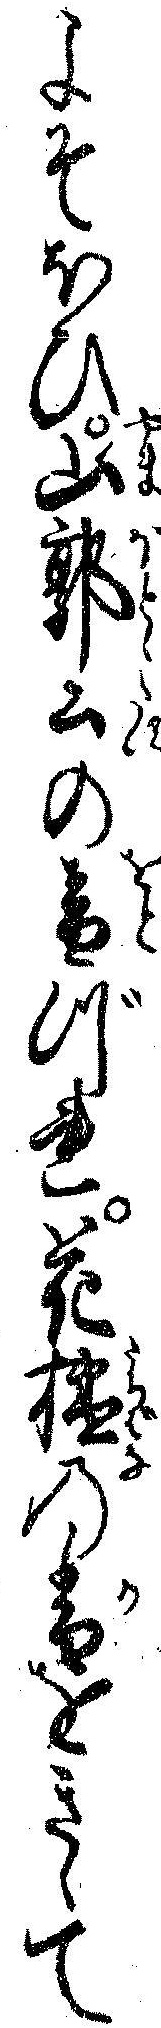
よそほひ山郭公の音づれ花橘の香をきゝて